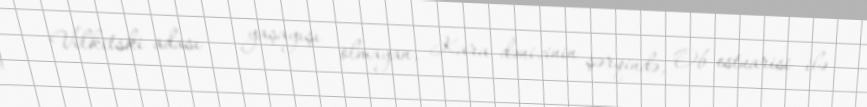
Vilkitski adası — yaşayışı olmayan, Kara dənizinin şərqində, Ob estuarisi ilə